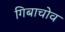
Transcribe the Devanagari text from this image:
गिबाचोव